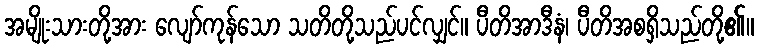
အမျိုးသားတို့အား လျော်ကုန်သော သတိတို့သည်ပင်လျှင်။ ပီတိအာဒီနံ၊ ပီတိအစရှိသည်တို့၏။